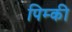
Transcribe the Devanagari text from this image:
पिम्की